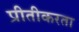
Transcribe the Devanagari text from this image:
प्रीतीकरता